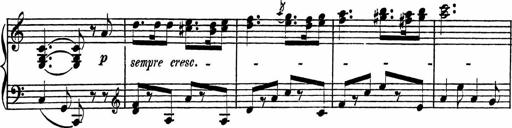
Title: Piano Sonatinas
Composer: Charles Fradel